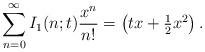
LaTeX: \begin{align*}\sum_{n=0}^{\infty} I_{1}(n;t) \frac{x^{n}}{n!} = \left( tx + \tfrac{1}{2}x^{2} \right).\end{align*}